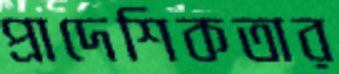
প্রাদেশিকতার